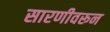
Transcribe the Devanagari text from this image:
सारणीवरून